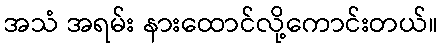
အသံ အရမ်း နားထောင်လို့ကောင်းတယ်။